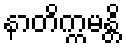
နာတိက္ကမန္တိ